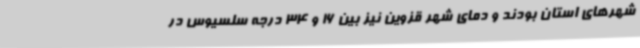
شهرهای استان بودند و دمای شهر قزوین نیز بین 16 و 34 درجه سلسیوس در